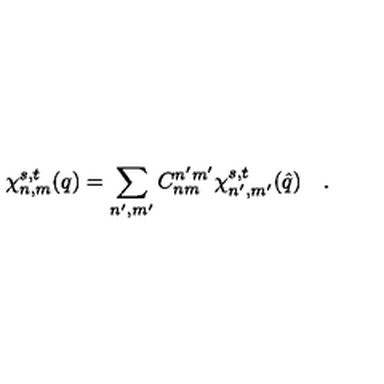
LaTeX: \chi _ { n , m } ^ { s , t } ( q ) = \sum _ { n ^ { \prime } , m ^ { \prime } } C _ { n m } ^ { n ^ { \prime } m ^ { \prime } } \chi _ { n ^ { \prime } , m ^ { \prime } } ^ { s , t } ( \hat { q } ) \quad .